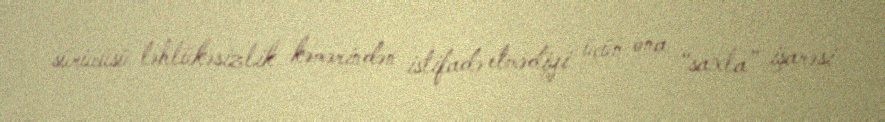
sürücüsü təhlükəsizlik kəmərindən istifadə etmədiyi üçün ona “saxla” işarəsi